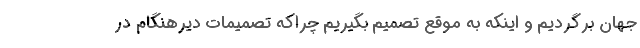
جهان برگردیم و اینکه به موقع تصمیم بگیریم چراکه تصمیمات دیرهنگام در